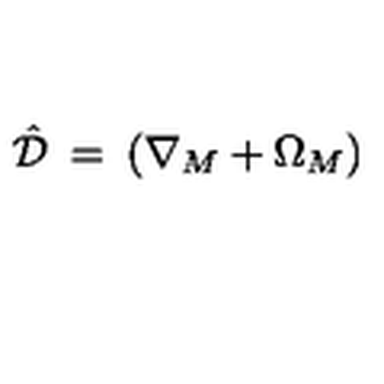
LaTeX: \hat { \mathcal { D } } \: = \: ( \nabla _ { M } + \Omega _ { M } )